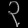
Digit: ၃